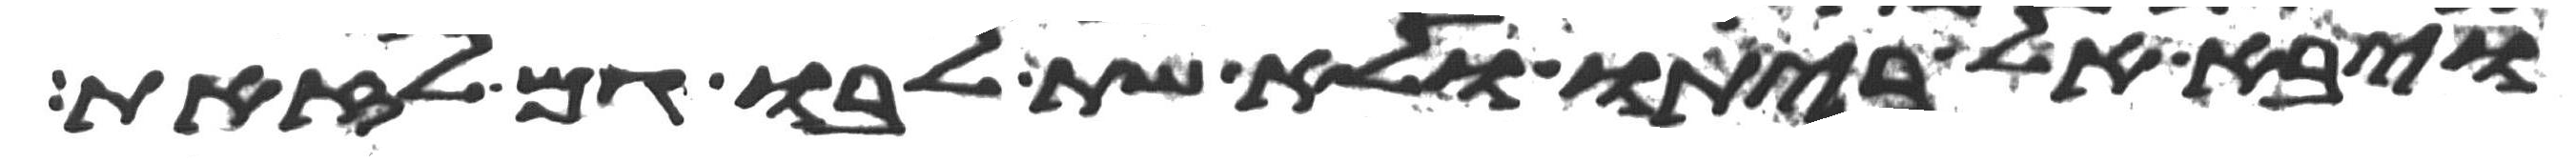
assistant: ויבא אל ביתו ולא שת לבו גם לזאת